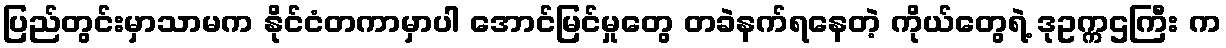
ပြည်တွင်းမှာသာမက နိုင်ငံတကာမှာပါ အောင်မြင်မှုတွေ တခဲနက်ရနေတဲ့ ကိုယ်တွေရဲ့ ဒုဥက္ကဌကြီး က